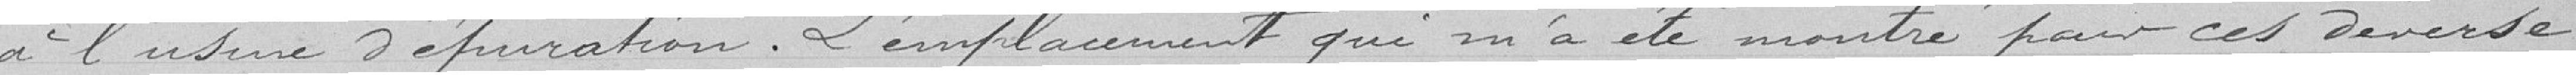
à l'usine d'épuration. L'emplacement qui m'a été montré pour ces déverse-